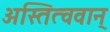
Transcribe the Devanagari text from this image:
अस्तित्ववान्‌